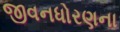
જીવનધોરણના